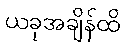
ယခုအချိန်ထိ